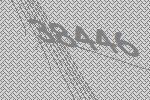
38446